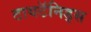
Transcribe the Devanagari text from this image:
टायटॅनिड्स